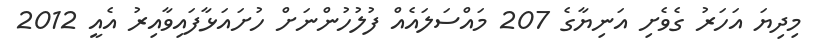
މިދިޔަ އަހަރު ގެވެށި އަނިޔާގެ 207 މައްސަލައެއް ފުލުހުންނަށް ހުށައަޅާފައިވާއިރު އެއީ 2012